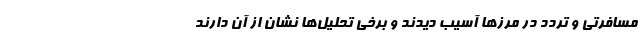
مسافرتی و تردد در مرزها آسیب دیدند و برخی تحلیل‌ها نشان از آن دارند